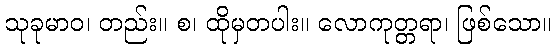
သုခုမာဝ၊ တည်း။ စ၊ ထိုမှတပါး။ လောကုတ္တရာ၊ ဖြစ်သော။